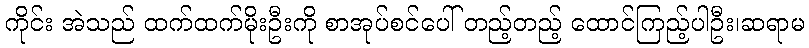
ကိုင်း အဲသည် ထက်ထက်မိုးဦးကို စာအုပ်စင်ပေါ် တည့်တည့် ထောင်ကြည့်ပါဦး၊ဆရာမ